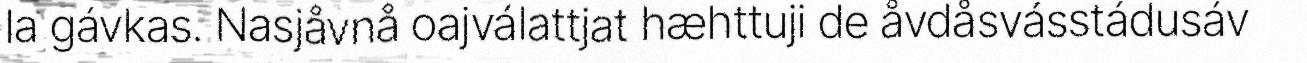
la gávkas. Nasjåvnå oajválattjat hæhttuji de åvdåsvásstádusáv